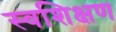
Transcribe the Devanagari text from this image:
स्वशिक्षण